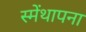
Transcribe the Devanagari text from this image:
स्मेंथापना